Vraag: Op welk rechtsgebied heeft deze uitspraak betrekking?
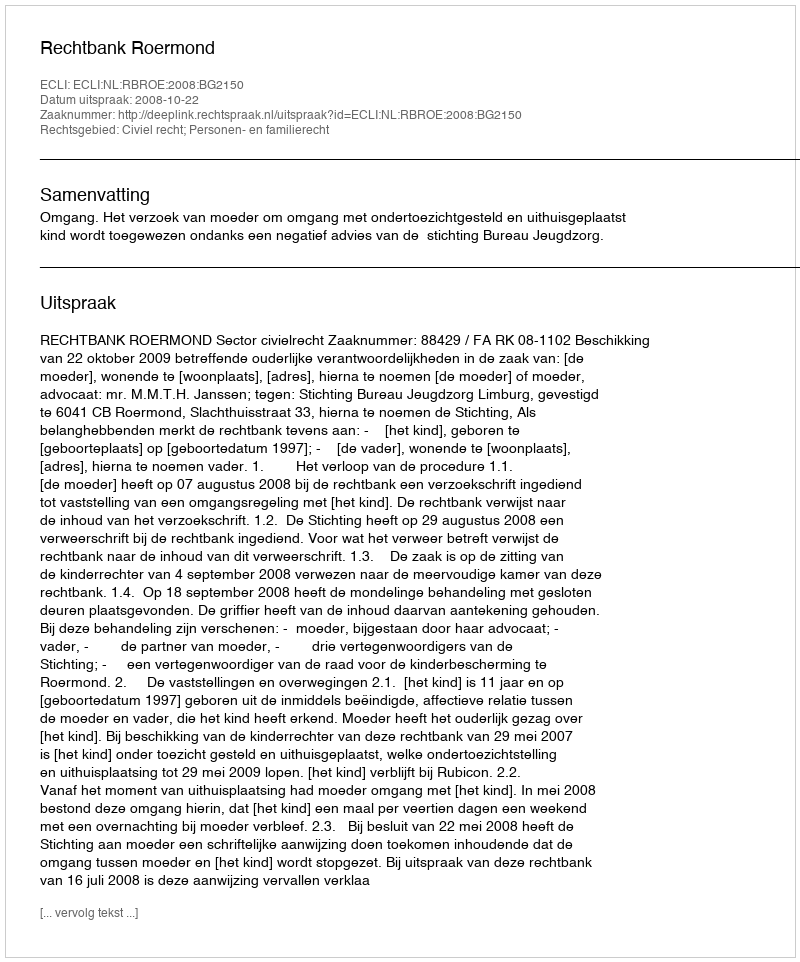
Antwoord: Civiel recht; Personen- en familierecht